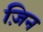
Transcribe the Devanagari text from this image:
ज़िन